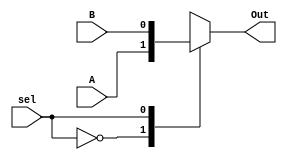
`timescale 1ns / 1ps
//////////////////////////////////////////////////////////////////////////////////
// Company: 
// Engineer: 
// 
// Design Name: 
// Module Name: Mux2x1
// Project Name: 
// Target Devices: 
// Tool Versions: 
// Description: 
// 
// Dependencies: 
// 
// Revision:
// Revision 0.01 - File Created
// Additional Comments:
// 
//////////////////////////////////////////////////////////////////////////////////


module Mux2x1
    #(parameter n =1 )
    (
        input [n-1:0] A,B,
        input sel,
        output reg[n-1:0] Out
    );

    always @(*) 
    begin
        case (sel)
            0:Out=A;
            1:Out=B; 
            default:Out='b0; 
        endcase    
    end
endmodule